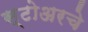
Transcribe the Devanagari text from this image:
स्टोअरचे